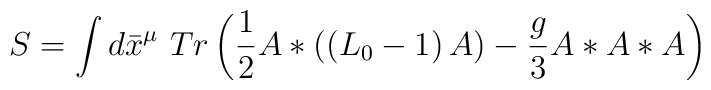
S=\int d\bar{x}^{\mu }~Tr\left( \frac{1}{2}A\ast \left( \left(L_{0}-1\right) A\right) -\frac{g}{3}A\ast A\ast A\right)